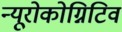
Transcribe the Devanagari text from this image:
न्यूरोकोग्निटिव